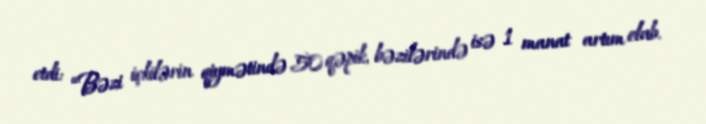
etdi: “Bəzi içkilərin qiymətində 50 qəpik, bəzilərində isə 1 manat artım olub.